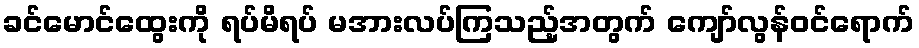
ခင်မောင်ထွေးကို ရပ်မိရပ် မအားလပ်ကြသည့်အတွက် ကျော်လွန်ဝင်ရောက်